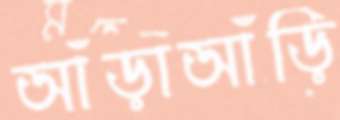
আঁড়াআঁড়ি